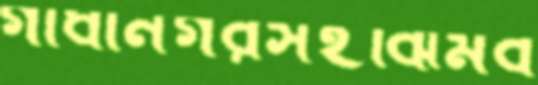
গাধানগরসহঝিমব